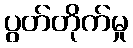
ပွတ်တိုက်မှု